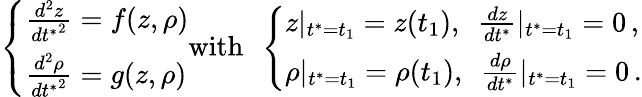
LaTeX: \left\{ \begin{array}{ll}{\frac{d^{2}z}{{dt^{*}}^{2}}=f(z,\rho)}\\ {\frac{d^{2}\rho}{{dt^{*}}^{2}}=g(z,\rho)}\end{array}\right.\mathrm{with}\ \ \left\{ \begin{array}{ll}{z|_{t^{*}=t_{1}}=z(t_{1}),\ \ \frac{dz}{dt^{*}}|_{t^{*}=t_{1}}=0\, ,}\\ {\rho|_{t^{*}=t_{1}}=\rho(t_{1}),\ \ \frac{d\rho}{dt^{*}}|_{t^{*}=t_{1}}=0\, .}\end{array}\right.